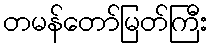
တမန်တော်မြတ်ကြီး